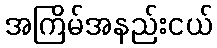
အကြိမ်အနည်းငယ်